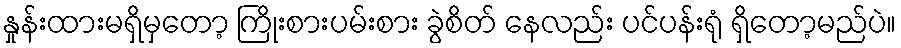
နှုန်းထားမရှိမှတော့ ကြိုးစားပမ်းစား ခွဲစိတ် နေလည်း ပင်ပန်းရုံ ရှိတော့မည်ပဲ။